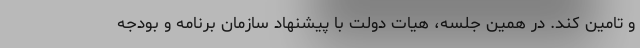
و تامین کند. در همین جلسه، هیات دولت با پیشنهاد سازمان برنامه و بودجه